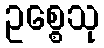
ဥစ္စေသု